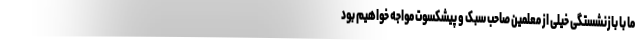
ما با بازنشستگی خیلی از معلمین صاحب سبک و پیشکسوت مواجه خواهیم بود